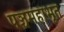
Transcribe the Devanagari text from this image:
पञ्चमहाभूत